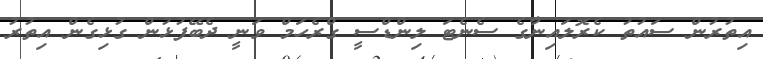
އިތުރުން ސައުތު ކެރޮލައިނާގެ ސެނެޓަ ލިންޑްސީ ގްރެހަމް ވަނީ ދެބޭފުޅުން ގުޅިގެން އިތުރު